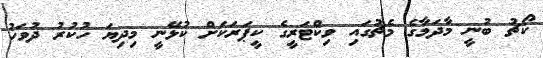
ކޯޗު ބުނީ މާދަމާގެ މެޗުގައި ވިކްޓަރީގެ ކީޕަރަކަށް ކުޅޭނީ މިދިޔަ ހުކުރު ދުވަހު